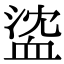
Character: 𧖶